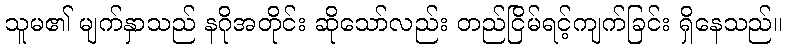
သူမ၏ မျက်နှာသည် နဂိုအတိုင်း ဆိုသော်လည်း တည်ငြိမ်ရင့်ကျက်ခြင်း ရှိနေသည်။